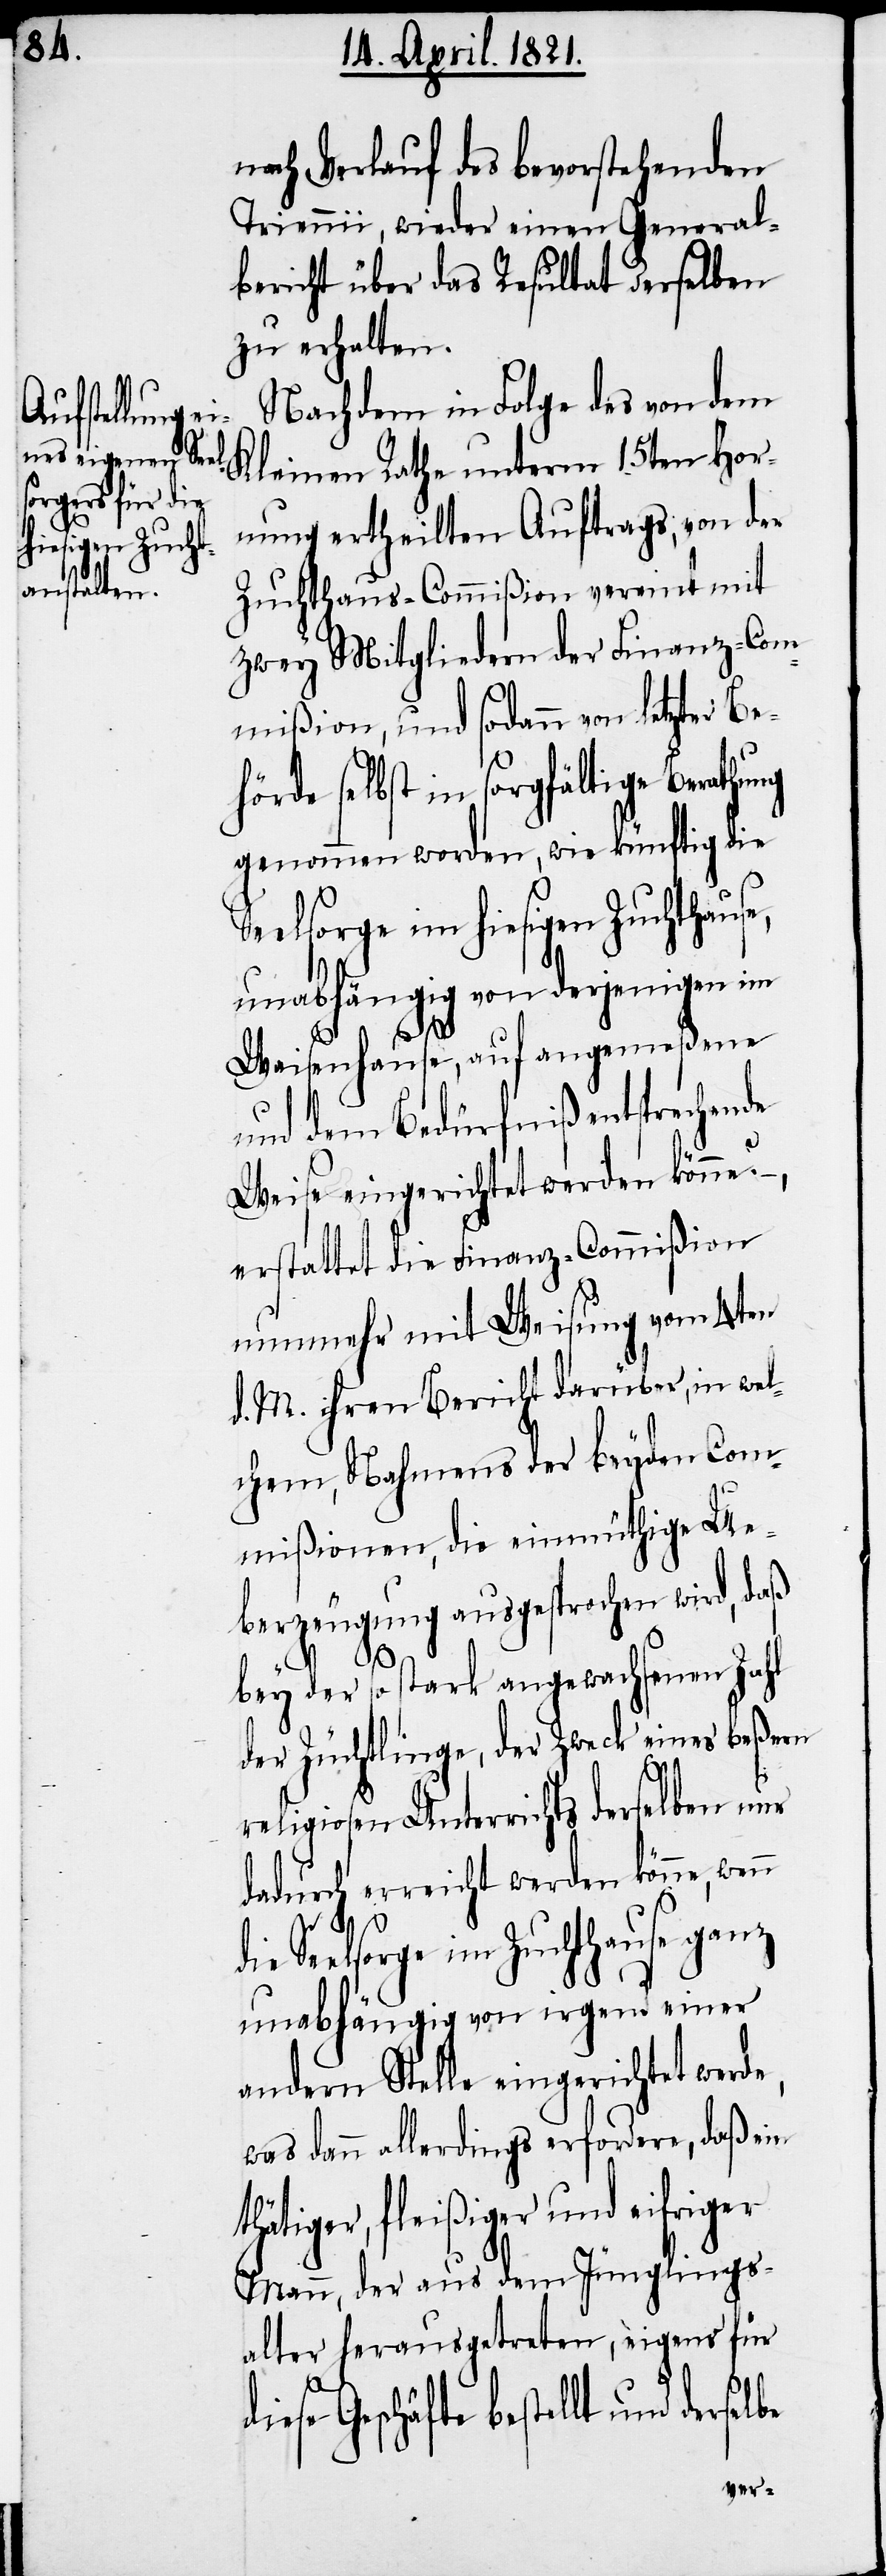
nach Verlauf des bevorstehenden
Triennii, wieder einen General¬
bericht über das Resultat derselben
zu erhalten.
Nachdem in Folge des von d¬
em Kleinen Rathe unterm 15ten Hor¬
nung ertheilten Auftrags, von der
Zuchthaus-Commißion vereint mit
zwey Mitgliedern der Finanz-Com¬
mißion, und sodann von letzter Be¬
hörde selbst in sorgfältige Berathung
genommen worden, wie künftig die
elsorge im hiesigen Zuchthause,
unabhängig von derjenigen im
n die
be
Waisenhause, auf angemeßene
und dem Bedürfniß entsprechende
Weise eingerichtet werden könne?
erstattet die Finanz-Commißion
nunmehr mit Weisung vom 4ten
d. M. ihren Bericht darüber, in wel¬
chem, Nahmens der beyden Com¬
mißionen, die einmüthige Ue¬
berzeugung ausgesprochen wird, daß
bey der so stark angewachsenen Zahl
der Züchtlinge, der Zweck eines beßern
religiosen Unterrichts derselben nur
dadurch erreicht werden könne, wen¬
Seelsorge im Zuchthause ganz
unabhängig von irgend einer
andern Stelle eingerichtet werde,
was dann allerdings erfordere, daß ein
thätiger, fleißiger und eifriger
Mann, der aus dem Jünglings¬
alter herausgetreten, eigens für
iese Geschäfte bestellt und dersel¬